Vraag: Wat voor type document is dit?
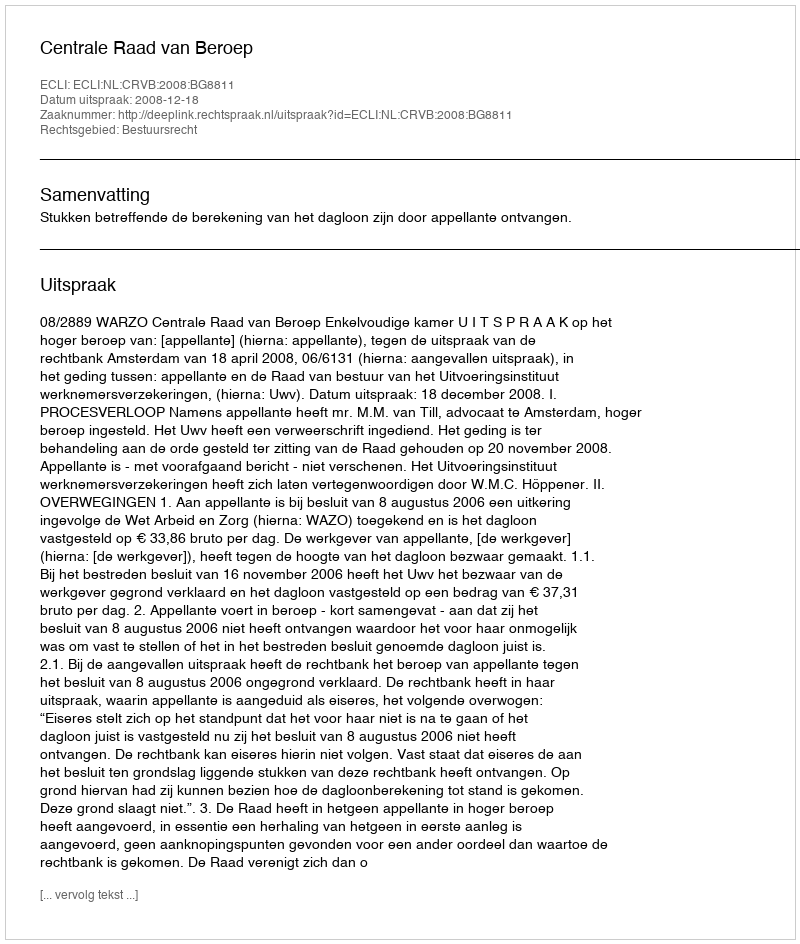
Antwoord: Uitspraak